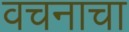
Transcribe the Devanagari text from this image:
वचनाचा